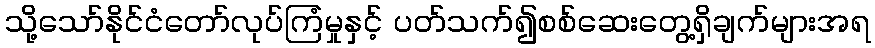
သို့သော်နိုင်ငံတော်လုပ်ကြံမှုနှင့် ပတ်သက်၍စစ်ဆေးတွေ့ရှိချက်များအရ